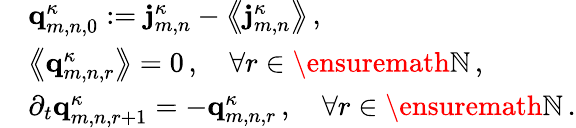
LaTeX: \begin{array}{rl}&{\mathbf{q}_{m,n,0}^{\kappa}:=\mathbf{j}_{m,n}^{\kappa}-\bigl\langle\! \! \bigl\langle\mathbf{j}_{m,n}^{\kappa}\bigr\rangle\! \! \bigr\rangle\, ,}\\ &{\bigl\langle\! \! \bigl\langle\mathbf{q}_{m,n,r}^{\kappa}\bigr\rangle\! \! \bigr\rangle=0\, ,\quad\forall r\in\ensuremath{\mathbb{N}}\, ,}\\ &{\partial_{t}\mathbf{q}_{m,n,r+1}^{\kappa}=-\mathbf{q}_{m,n,r}^{\kappa}\, ,\quad\forall r\in\ensuremath{\mathbb{N}}\, .}\end{array}